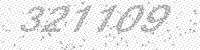
Solution: 321109